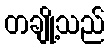
တချို့သည်